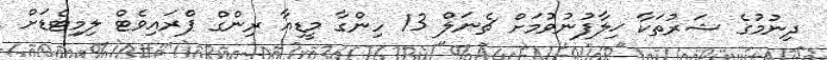
ދިނުމުގެ ޝަރުތަކާ ޚިލާފުނުވުމަށް ޗެނަލް 13 ހިންގާ މީޑިއާ ރިންގް ޕްރައިވެޓް ލިމިޓެޑަށް